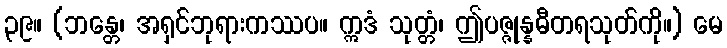
၃၉။ (ဘန္တေ၊ အရှင်ဘုရားကဿပ။ ဣဒံ သုတ္တံ၊ ဤပဇ္ဇုန္နဓီတရသုတ်ကို။) မေ